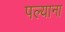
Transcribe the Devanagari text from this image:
पल्याना